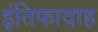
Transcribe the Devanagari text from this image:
इंतिफादाह